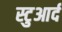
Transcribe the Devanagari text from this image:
स्टुआर्द